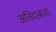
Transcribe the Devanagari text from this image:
अतिदाबाचा